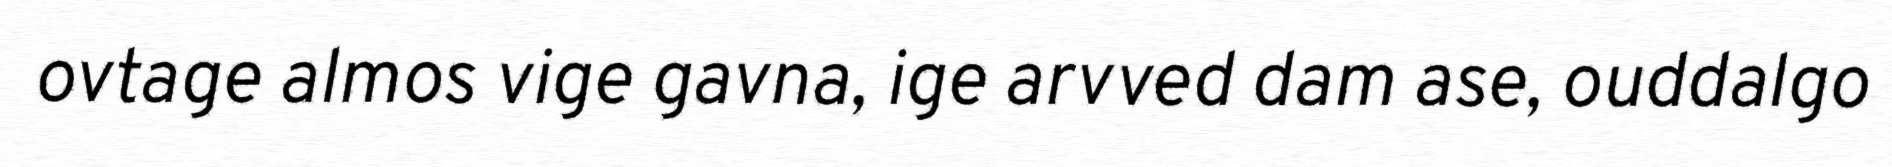
ovtage almos vige gavna, ige arvved dam ase, ouddalgo